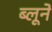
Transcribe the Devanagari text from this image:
ब्लूने